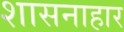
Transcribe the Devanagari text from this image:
शासनाहार